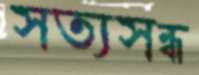
সত্যসন্ধ